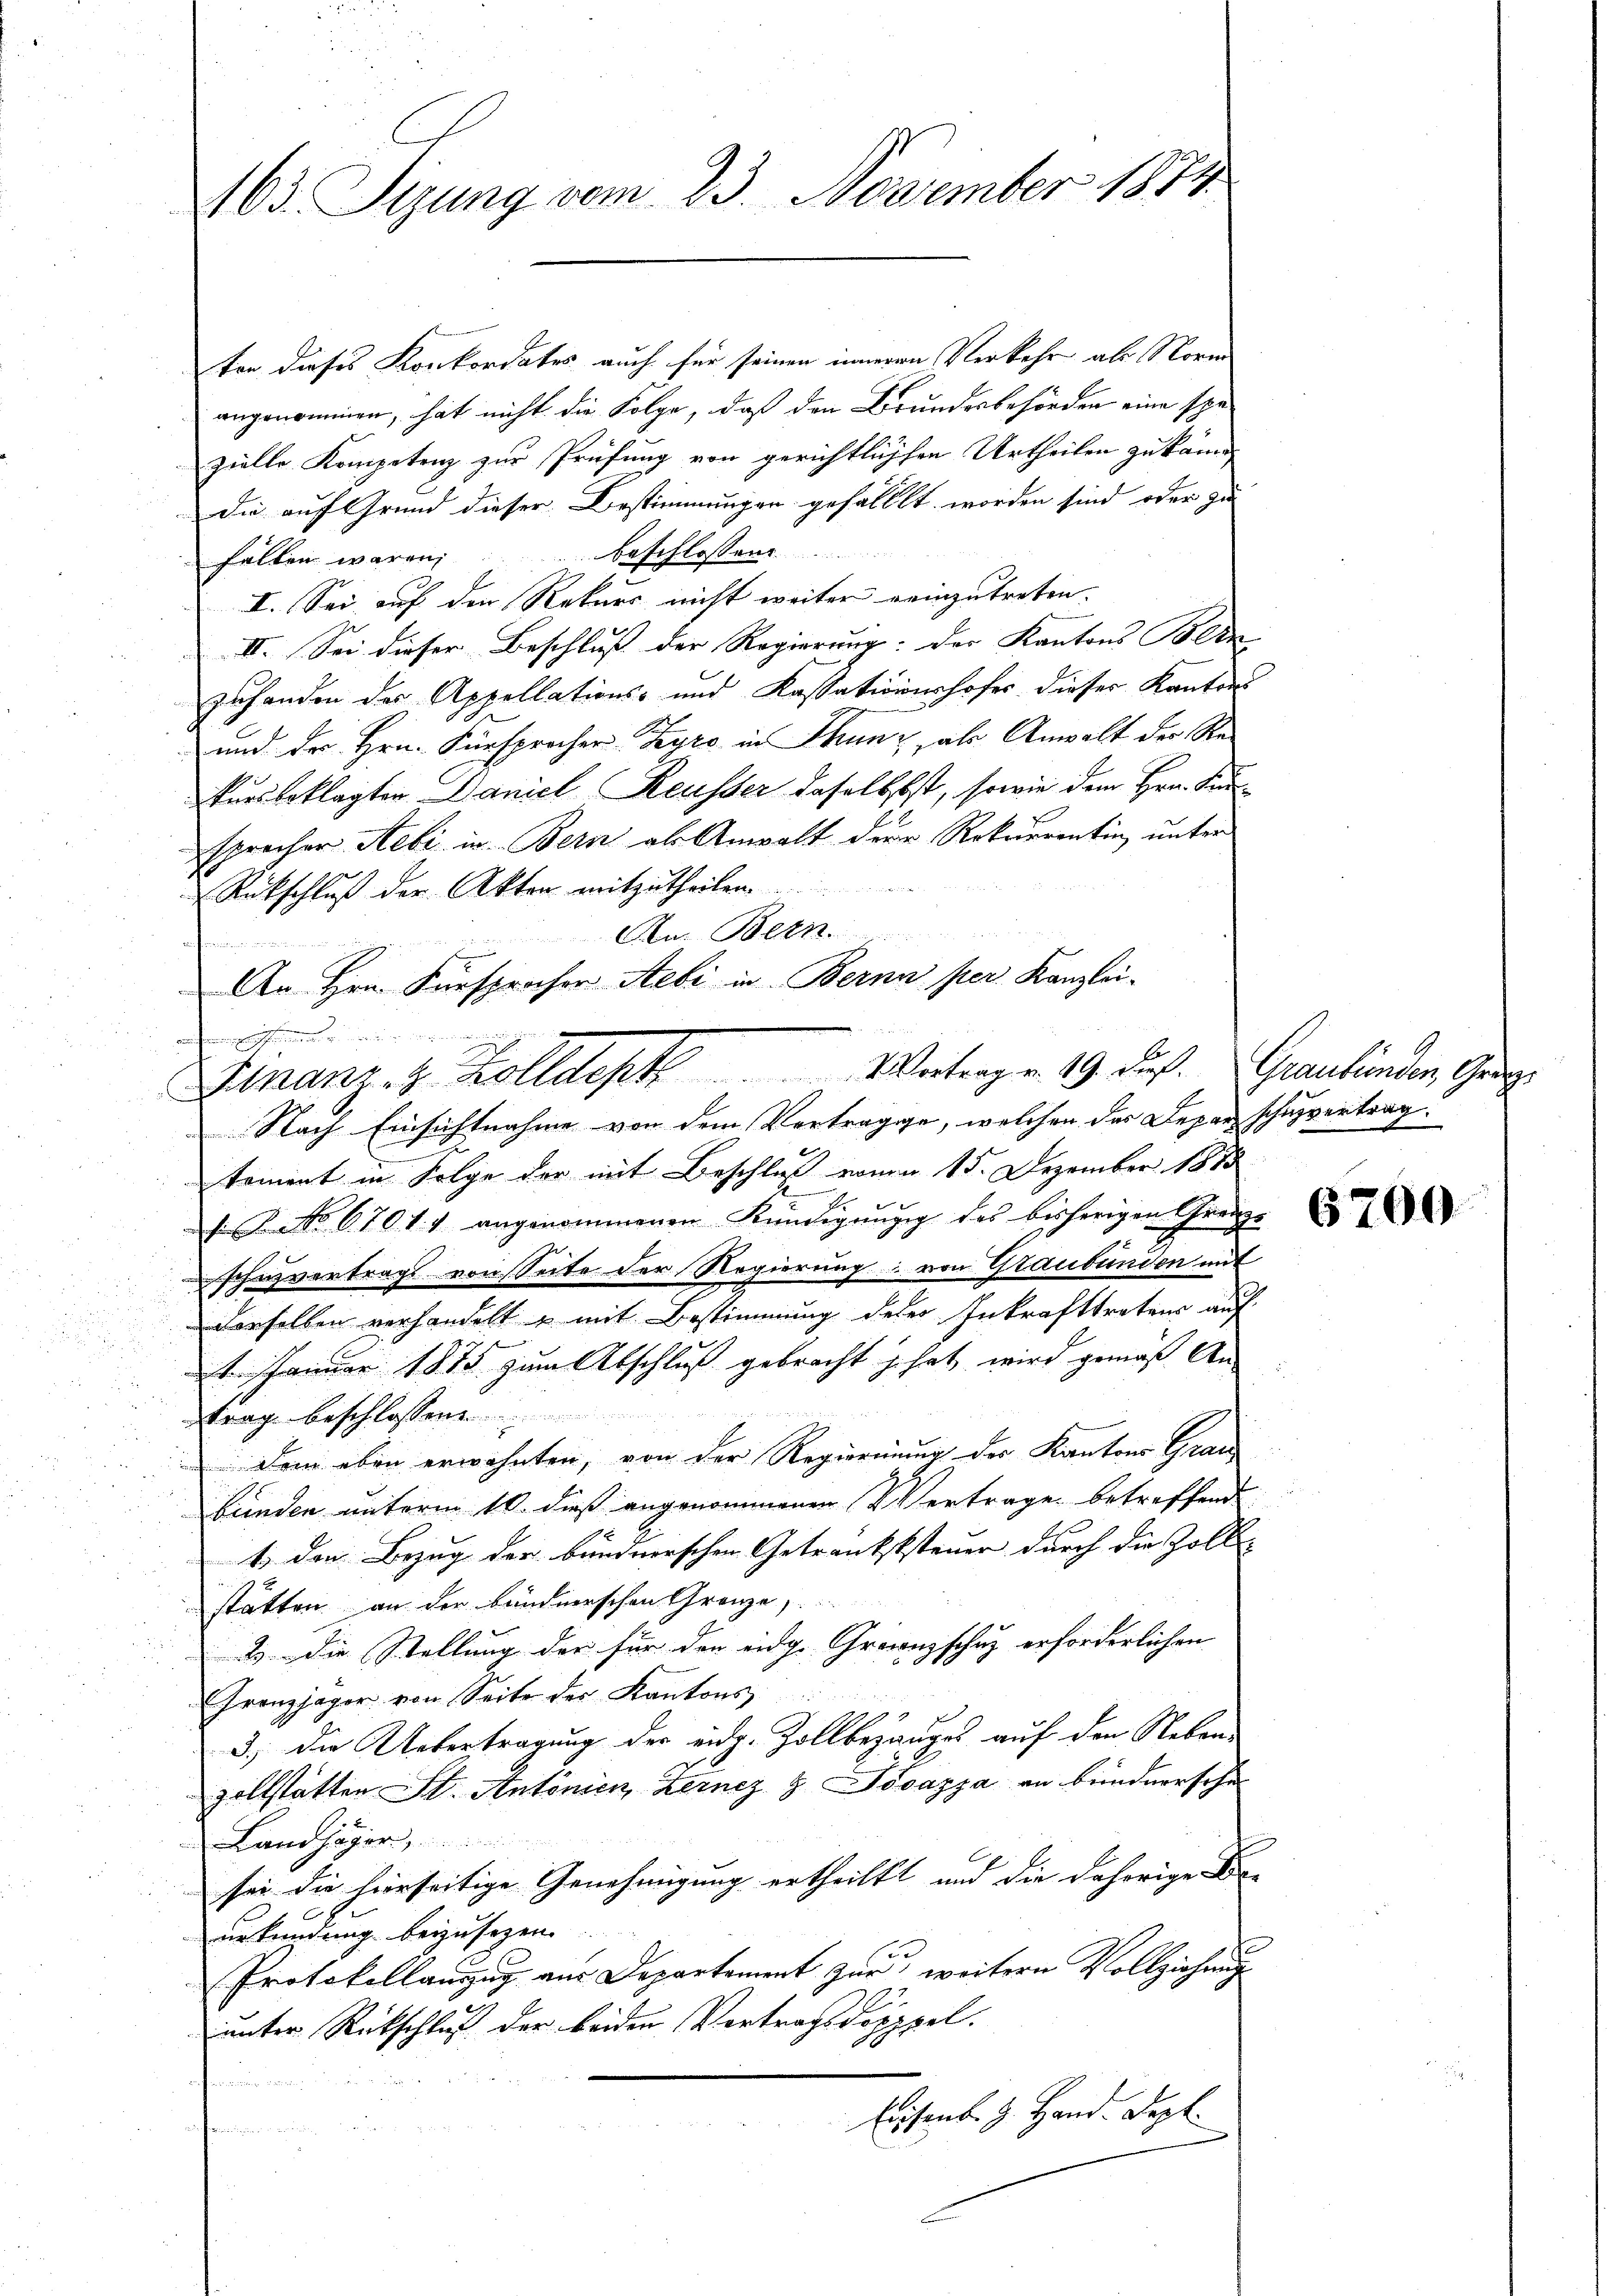
163. Sizung vom 23. November 1874

ten dieses Konkordates auch für seinen inneren Verkehr als Norm
angenommen, hat nicht die Folge, daß den Brundesbehörden eine spe
zielle Kompetenz zur Prüfung von gerichtlichsen Urtheilen zu könn
die auf Grund dieser Bestimmungen gefällt worden sind oder zu
fallen waren, beschlossene
I. Sei auf den Rekurs nicht weiter reinzutreten.
II. Sei dieser Beschluß der Regierung: der Kantons Bern
zuhanden der Appellations- und Kassationshofes dieser Kantons
und der Hrn. Fürsprocher-Zyro in Thunz, als Anwalt der Reursbeklagten Daniel Reusser daselbst, sowie dem Hrn. Kansprecher Hebi in Bern als Anwalt dere Rekurrentin, unter
Rückschluß der Akten mitzutheilen
An. Bern
e

Nach Einsichtnahme von dem Verträge, welchen das Deper schuzvertrag.
koment in Folge der mit Beschluß von 15. Dezember 1888
 NNo. 67017 angenommenen Kündigung des bisherigen Grenze
schazvertrags von Seite der Regierung: von Graubünden mit
derselben verhandelt u mit Bestimmung deser Inkrafttretens auf
1. Januar 1875 zum Abschluß gebracht hat wird gemäß Aus
trag beschlossene
Dem eben erwähnten, von der Regierung der Kantons Grau
bunden unterm 10. dieß angenommenen Vertrage betreffende
1., den Bezug der bunderrschen Getrankststeuer durch die Zoll-
stätten an der Bündnerschen Grenze,
2. Die Stellung der für den eidg. Grenzschuz erforderlichen |
Franzjäger von Seite der Kantons
3.) Die Uebertragung der eidg. Zollbeganges auf den Nebenzollstätten St. Antonien Kernez & Povazza an bundnersche
Landhäger,
sei die hierseitige Genehmigung ertheilt und die daherige Be-
urkündung beizusezen.
Protokollauszug aus Departement zur weitern Vollziehung
22
unter Rückschluß der beiden Vertragsdopppel.
her einer de
Eisenb. H. Hand. Sept.
temen

An Hrn. Fürsprocher Aebi in Berna per Kanzlei-
Finanz- & Zolldept. Weiterge 19 Fuß. Graubünden, Ge